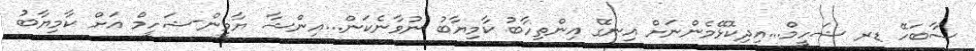
ސާބަހޭ ޑރ ޝަހީމް...އިދިކޮޅޭމެންނަށް އިނގޭ އިންތިހާބު ކާމިޔާބު ނުވާނެކަން...އިންޝާ ޔާމީން-ޝަހީމް އަށް ކާމިޔާބު